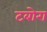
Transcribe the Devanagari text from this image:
टबोरा